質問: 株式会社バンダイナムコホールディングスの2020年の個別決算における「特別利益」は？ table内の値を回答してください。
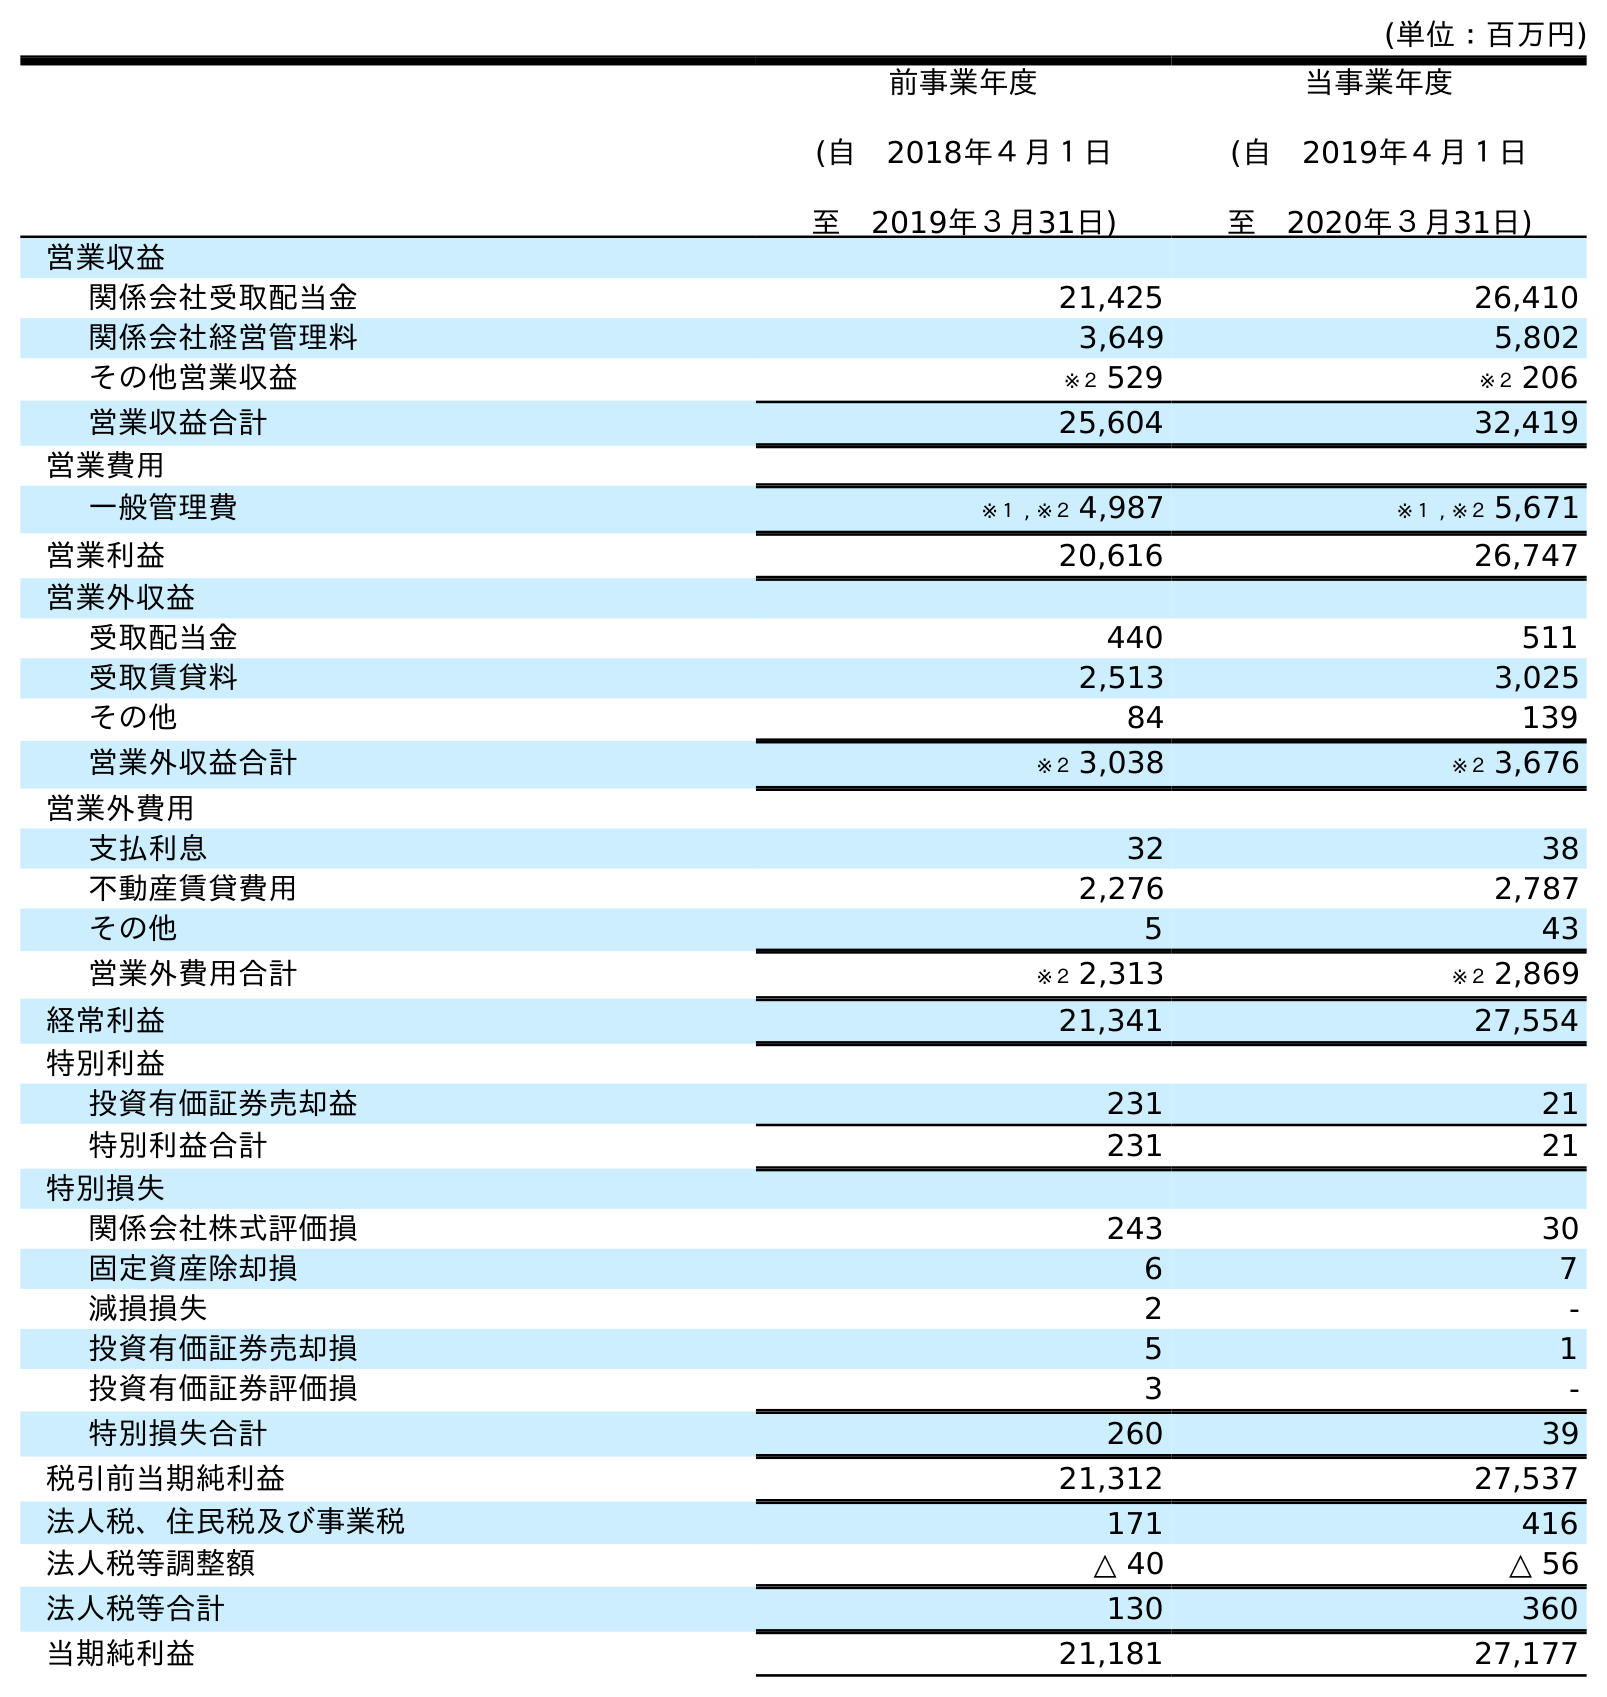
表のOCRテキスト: (単位：百万円) 前事業年度 (自 2018年４月１日 至 2019年３月31日) 当事業年度 (自 2019年４月１日 至 2020年３月31日) 営業収益 関係会社受取配当金 21,425 26,410 関係会社経営管理料 3,649 5,802 その他営業収益 ※２ 529 ※２ 206 営業収益合計 25,604 32,419 営業費用 一般管理費 ※１ , ※２ 4,987 ※１ , ※２ 5,671 営業利益 20,616 26,747 営業外収益 受取配当金 440 511 受取賃貸料 2,513 3,025 その他 84 139 営業外収益合計 ※２ 3,038 ※２ 3,676 営業外費用 支払利息 32 38 不動産賃貸費用 2,276 2,787 その他 5 43 営業外費用合計 ※２ 2,313 ※２ 2,869 経常利益 21,341 27,554 特別利益 投資有価証券売却益 231 21 特別利益合計 231 21 特別損失 関係会社株式評価損 243 30 固定資産除却損 6 7 減損損失 2 - 投資有価証券売却損 5 1 投資有価証券評価損 3 - 特別損失合計 260 39 税引前当期純利益 21,312 27,537 法人税、住民税及び事業税 171 416 法人税等調整額 △ 40 △ 56 法人税等合計 130 360 当期純利益 21,181 27,177
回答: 21